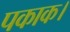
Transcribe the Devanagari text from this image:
पकाक।